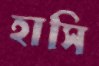
হাসি